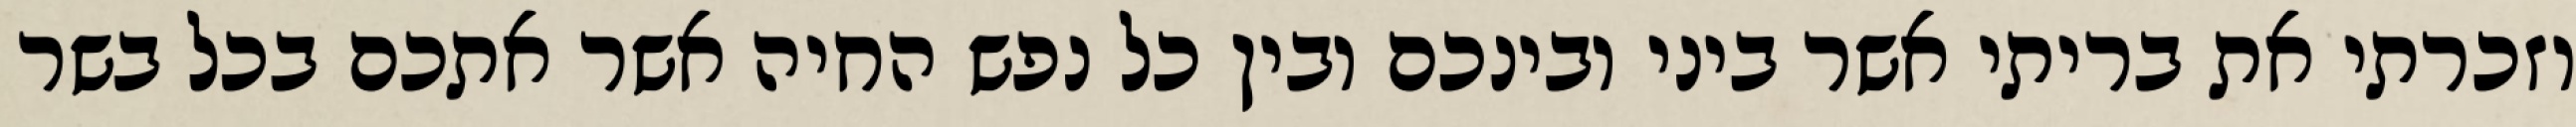
וזכרתי את בריתי אשר ביני ובינכם ובין כל נפש החיה אשר אתכם בכל בשר